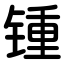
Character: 锺